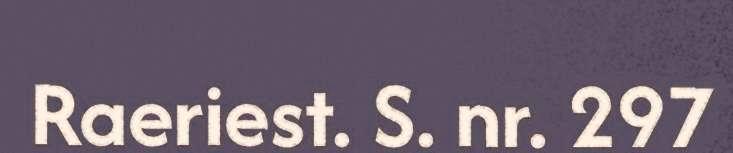
Raeriest. S. nr. 297